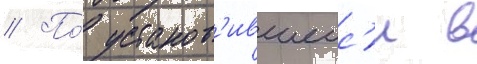
// По́ установ'ившеис'я в